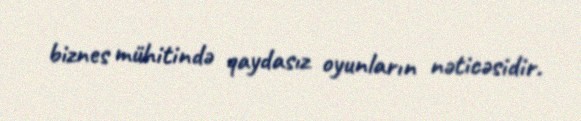
biznes mühitində qaydasız oyunların nəticəsidir.